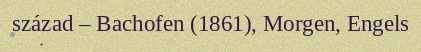
század – Bachofen (1861), Morgen, Engels